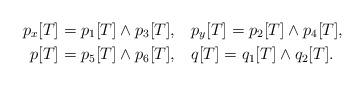
LaTeX: \begin{align*}p_x[T] = p_1[T] \wedge p_3[T], \quad& p_y[T] = p_2[T] \wedge p_4[T],\\p[T] = p_5[T] \wedge p_6[T], \quad& q[T] = q_1[T] \wedge q_2[T]. \end{align*}